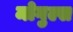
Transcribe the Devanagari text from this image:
मोगुल्स